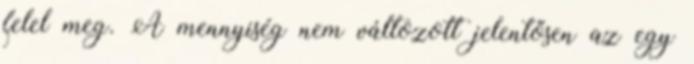
felel meg. A mennyiség nem változott jelentősen az egy